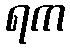
ရက